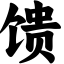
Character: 馈